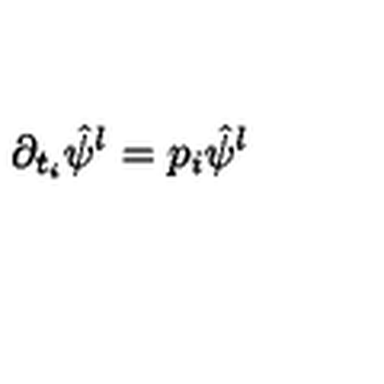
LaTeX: \partial _ { t _ { i } } \hat { \psi } ^ { l } = p _ { i } \hat { \psi } ^ { l }